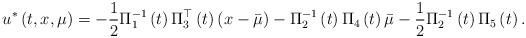
LaTeX: \begin{align*}u^{\ast }\left( t,x,\mu \right) =-\frac{1}{2}\Pi _{1}^{-1}\left( t\right)\Pi _{3}^{\top }\left( t\right) \left( x-\bar{\mu}\right) -\Pi_{2}^{-1}\left( t\right) \Pi _{4}\left( t\right) \bar{\mu}-\frac{1}{2}\Pi_{2}^{-1}\left( t\right) \Pi _{5}\left( t\right) . \end{align*}